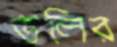
ডলির